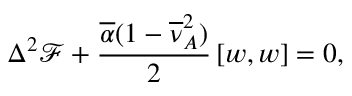
\Delta ^ { 2 } \mathcal { F } + \frac { \overline { { \alpha } } ( 1 - \overline { { \nu } } _ { A } ^ { 2 } ) } { 2 } \left[ w , w \right] = 0 ,